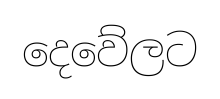
දෙවේලට